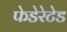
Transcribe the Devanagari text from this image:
फेडेरेटेड